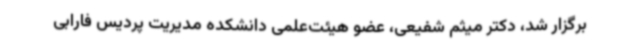
برگزار شد، دکتر میثم شفیعی، عضو هیئت‌علمی دانشکده مدیریت پردیس فارابی